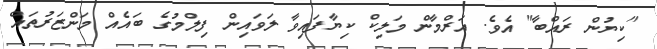
"ކިޔުން ރައްބާ" އެވެ. އަރްމާން މަލިކް ކިޔާފައިވާ ލަވައިން ފިލްމުގެ ބައެއް މަންޒަރުތައް